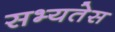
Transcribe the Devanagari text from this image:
सभ्यतेस